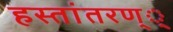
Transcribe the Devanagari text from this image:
हस्तांतरण््